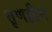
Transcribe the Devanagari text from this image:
तृणहीन